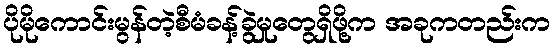
ပိုမိုကောင်းမွန်တဲ့စီမံခန့်ခွဲမှုတွေရှိဖို့က အခုကတည်းက